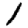
Digit: 1